Civil Veterinary Dept. Bombay admin report 1907-1913 - 1907-1913
Year: 1907
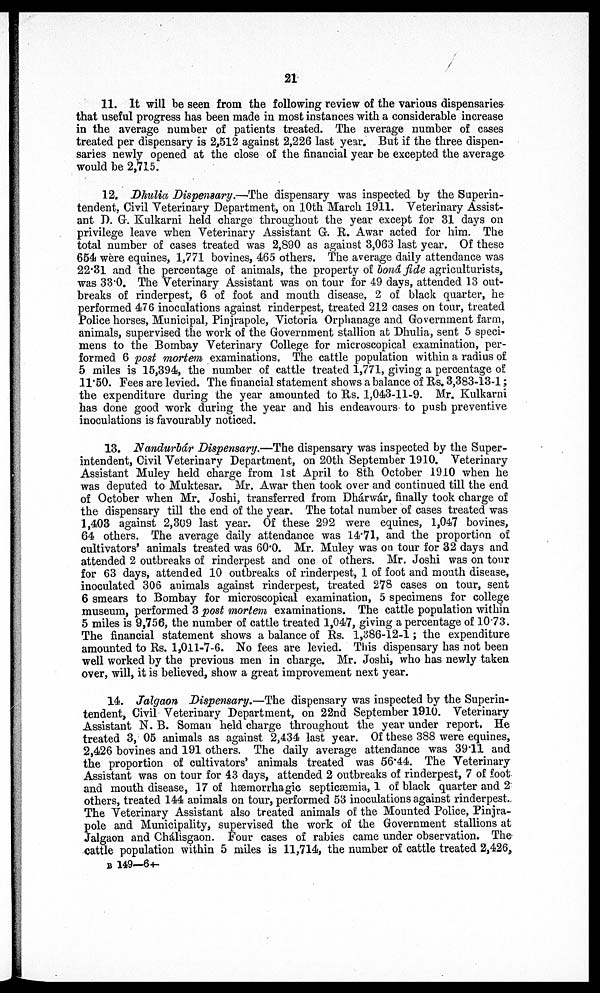
21
11. It will be seen from the following review of the various dispensaries
that useful progress has been made in most instances with a considerable increase
in the average number of patients treated. The average number of cases
treated per dispensary is 2,512 against 2,226 last year. But if the three dispen-
saries newly opened at the close of the financial year be excepted the average
would be 2,715.
12. Dhulia Dispensary.—The dispensary was inspected by the Superin-
tendent, Civil Veterinary Department, on 10th March 1911. Veterinary Assist-
ant D. G. Kulkarni held charge throughout the year except for 31 days on
privilege leave when Veterinary Assistant G. R. Awar acted for him. The
total number of cases treated was 2,890 as against 3,063 last year. Of these
654 were equines, 1,771 bovines, 465 others. The average daily attendance was
22.31 and the percentage of animals, the property of bond fide agriculturists,
was 33.0. The Veterinary Assistant was on tour for 49 days, attended 13 out-
breaks of rinderpest, 6 of foot and mouth disease, 2 of black quarter, he
performed 476 inoculations against rinderpest, treated 212 cases on tour, treated
Police horses, Municipal, Pinjrapole, Victoria Orphanage and Government farm,
animals, supervised the work of the Government stallion at Dhulia, sent 5 speci-
mens to the Bombay Veterinary College for microscopical examination, per-
formed 6 post mortem examinations. The cattle population within a radius of
5 miles is 15,394, the number of cattle treated 1,771, giving a percentage of
11.50. Fees are levied. The financial statement shows a balance of Rs. 3,383-13-1;
the expenditure during the year amounted to Rs. 1,043-11-9. Mr. Kulkarni
has done good work during the year and his endeavours to push preventive
inoculations is favourably noticed.
13. Nandurbár Dispensary.—The dispensary was inspected by the Super-
intendent, Civil Veterinary Department, on 20th September 1910. Veterinary
Assistant Muley held charge from 1st April to 8th October 1910 when he
was deputed to Muktesar. Mr. Awar then took over and continued till the end
of October when Mr. Joshi, transferred from Dhárwár, finally took charge of
the dispensary till the end of the year. The total number of cases treated was
1,403 against 2,309 last year. Of these 292 were equines, 1,047 bovines,
64 others. The average daily attendance was 14.71, and the proportion of
cultivators' animals treated was 60.0. Mr. Muley was on tour for 32 days and
attended 2 outbreaks of rinderpest and one of others. Mr. Joshi was on tour
for 63 days, attended 10 outbreaks of rinderpest, 1 of foot and mouth disease,
inoculated 306 animals against rinderpest, treated 278 cases on tour, sent
6 smears to Bombay for microscopical examination, 5 specimens for college
museum, performed 3 post mortem examinations. The cattle population within
5 miles is 9,756, the number of cattle treated 1,047, giving a percentage of 1073.
The financial statement shows a balance of Rs. 1,386-12-1; the expenditure
amounted to Rs. 1,011-7-6. No fees are levied. This dispensary has not been
well worked by the previous men in charge. Mr. Joshi, who has newly taken
over, will, it is believed, show a great improvement next year.
14. Jalgaon Dispensary.—The dispensary was inspected by the Superin-
tendent, Civil Veterinary Department, on 22nd September 1910. Veterinary
Assistant N. B. Soman held charge throughout the year under report. He
treated 3, 05 animals as against 2,434 last year. Of these 388 were equines,
2,426 bovines and 191 others. The daily average attendance was 39.11 and
the proportion of cultivators. animals treated was 56.44. The Veterinary
Assistant was on tour for 43 days, attended 2 outbreaks of rinderpest, 7 of foot
and mouth disease, 17 of hæmorrhagic septicæmia, 1 of black quarter and 2
others, treated 144 animals on tour, performed 53 inoculations against rinderpest..
The Veterinary Assistant also treated animals of the Mounted Police, Pinjra-
pole and Municipality, supervised the work of the Government stallions at
Jalgaon and Chálisgaon. Four cases of rabies came under observation. The
cattle population within 5 miles is 11,714, the number of cattle treated 2,426,
B 149—6